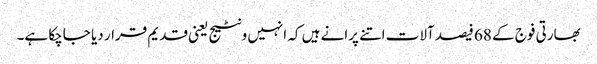
بھارتی فوج کے 68 فیصد آلات اتنے پرانے ہیں کہ انہیں ونٹیج یعنی قدیم قرار دیا جاچکا ہے۔